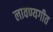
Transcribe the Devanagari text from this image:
लावण्यगीत